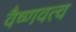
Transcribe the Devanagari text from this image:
वैष्णवत्व